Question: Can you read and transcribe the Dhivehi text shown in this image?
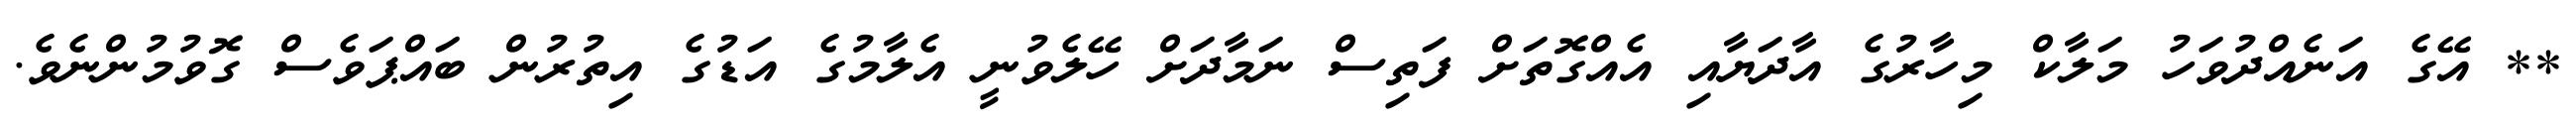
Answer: ** އޭގެ އަނެއްދުވަހު މަލާކް މިހާރުގެ އާދަޔާއި އެއްގޮތަށް ފަތިސް ނަމާދަށް ހޭލެވުނީ އެލާމުގެ އަޑުގެ އިތުރުން ބައްޕަވެސް ގޮވުމުންނެވެ.